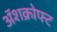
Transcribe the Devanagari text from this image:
ॲशक्रोफ्ट